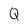
Character: Q